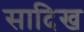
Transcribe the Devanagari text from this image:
सादिख